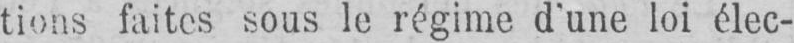
tions faites sous le régime d’une loi élec-